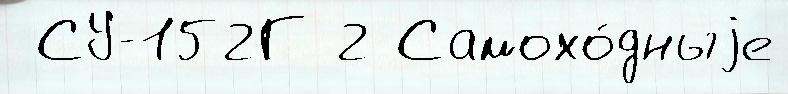
 СУ-152Г 2 Самохо́дныjе